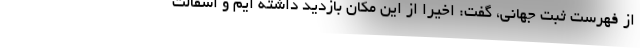
از فهرست ثبت جهانی، گفت: اخیرا از این مکان بازدید داشته ایم و اسفالت